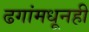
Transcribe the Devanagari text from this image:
ढगांमधूनही